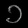
Digit: ၁